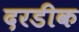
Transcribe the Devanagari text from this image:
दरडीक